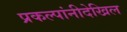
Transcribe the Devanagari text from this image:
प्रकल्पांनीदेखिल